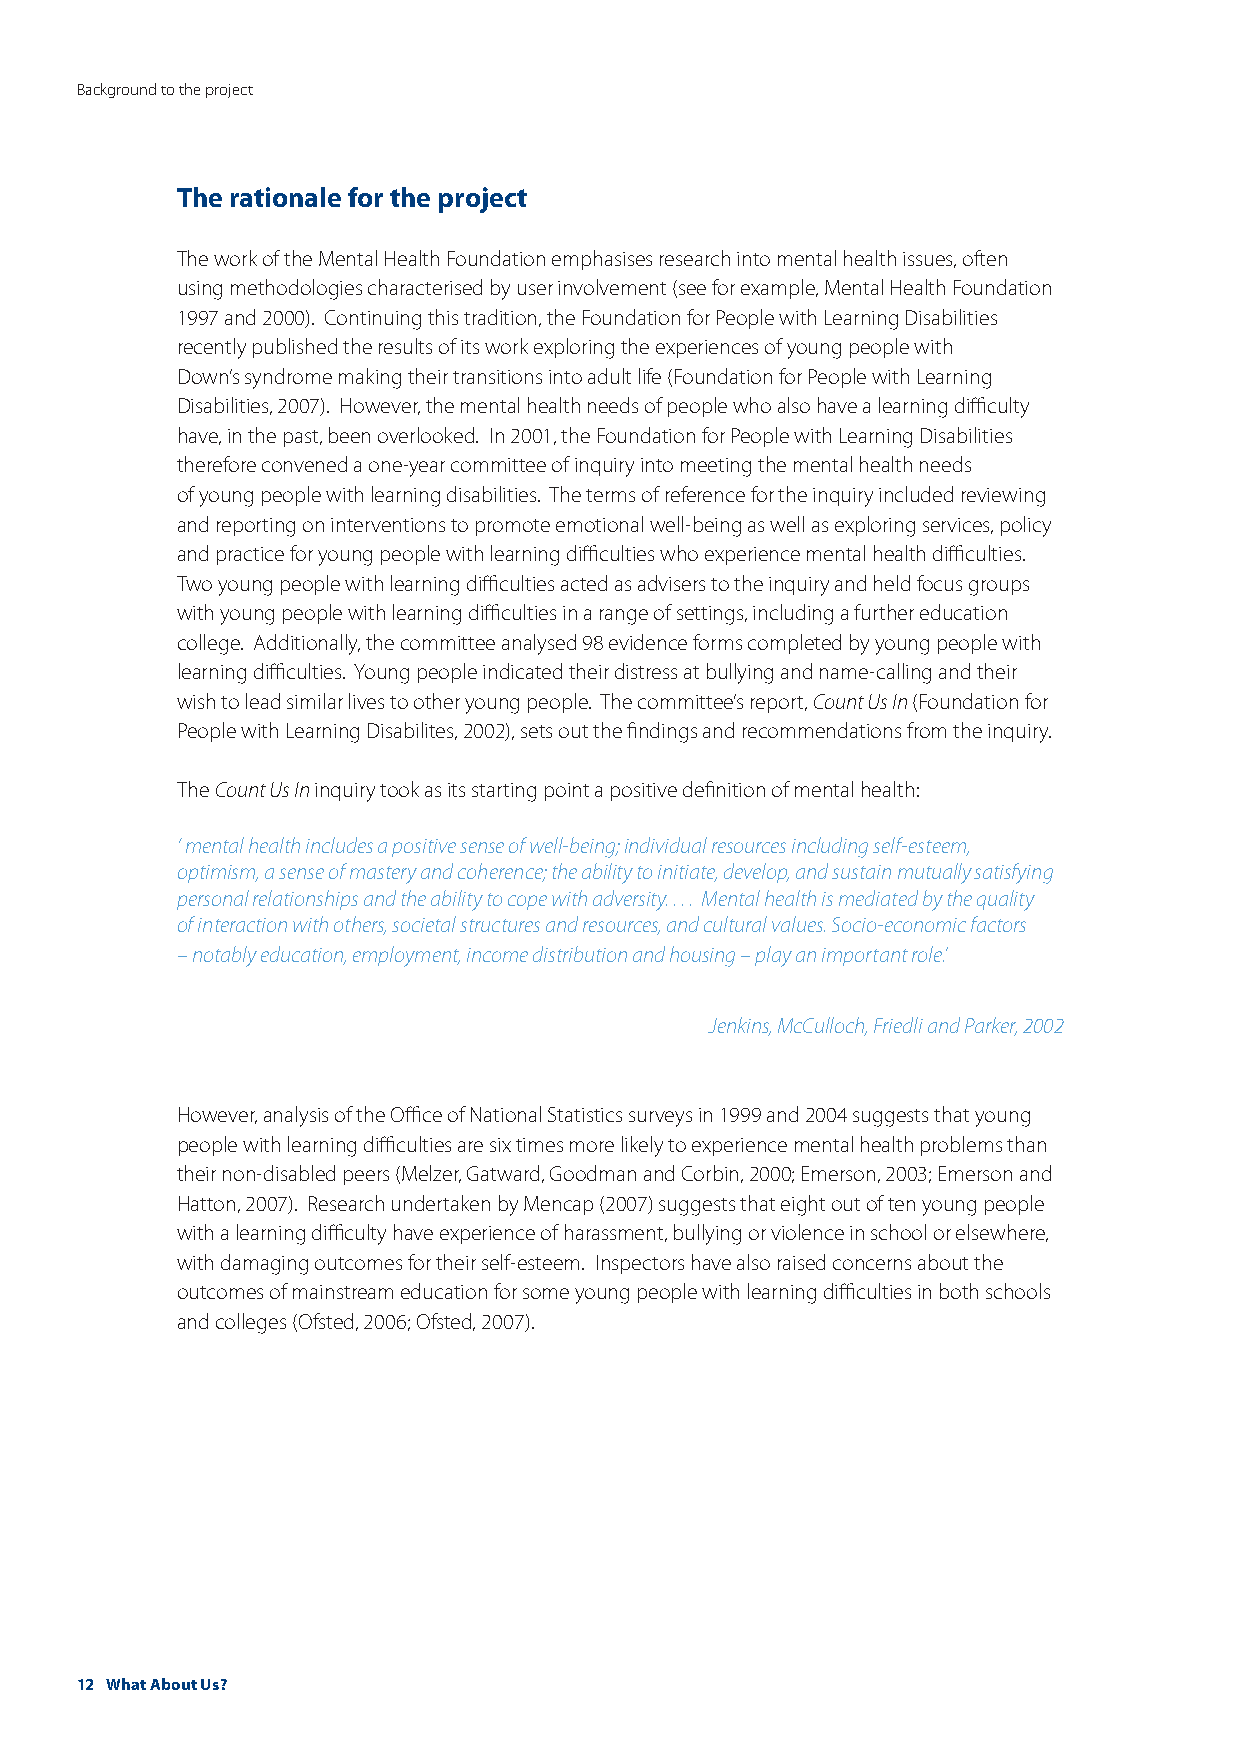
Background to the project
 The rationale for the project
 The work of the Mental Health Foundation emphasises research into mental health issues, often
 using methodologies characterised by user involvement (see for example, Mental Health Foundation
 1997 and 2000). Continuing this tradition, the Foundation for People with Learning Disabilities
 recently published the results of its work exploring the experiences of young people with
 Down’s syndrome making their transitions into adult life (Foundation for People with Learning
 Disabilities, 2007). However, the mental health needs of people who also have a learning difficulty
 have, in the past, been overlooked. In 2001, the Foundation for People with Learning Disabilities
 therefore convened a one-year committee of inquiry into meeting the mental health needs
 of young people with learning disabilities. The terms of reference for the inquiry included reviewing
 and reporting on interventions to promote emotional well-being as well as exploring services, policy
 and practice for young people with learning difficulties who experience mental health difficulties.
 Two young people with learning difficulties acted as advisers to the inquiry and held focus groups
 with young people with learning difficulties in a range of settings, including a further education
 college. Additionally, the committee analysed 98 evidence forms completed by young people with
 learning difficulties. Young people indicated their distress at bullying and name-calling and their
 wish to lead similar lives to other young people. The committee’s report, Count Us In (Foundation for
 People with Learning Disabilites, 2002), sets out the findings and recommendations from the inquiry.
 The Count Us In inquiry took as its starting point a positive definition of mental health:
 ‘ mental health includes a positive sense of well-being; individual resources including self-esteem,
 optimism, a sense of mastery and coherence; the ability to initiate, develop, and sustain mutually satisfying
 personal relationships and the ability to cope with adversity. . . . Mental health is mediated by the quality
 of interaction with others, societal structures and resources, and cultural values. Socio-economic factors
 – notably education, employment, income distribution and housing – play an important role.’
 Jenkins, McCulloch, Friedli and Parker, 2002
 However, analysis of the Office of National Statistics surveys in 1999 and 2004 suggests that young
 people with learning difficulties are six times more likely to experience mental health problems than
 their non-disabled peers (Melzer, Gatward, Goodman and Corbin, 2000; Emerson, 2003; Emerson and
 Hatton, 2007). Research undertaken by Mencap (2007) suggests that eight out of ten young people
 with a learning difficulty have experience of harassment, bullying or violence in school or elsewhere,
 with damaging outcomes for their self-esteem. Inspectors have also raised concerns about the
 outcomes of mainstream education for some young people with learning difficulties in both schools
 and colleges (Ofsted, 2006; Ofsted, 2007).
 12 What About Us?